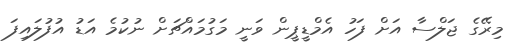
މިރޭގެ ޖަލްސާ އަށް ފަހު އެމްޑީޕީން ވަނީ މަގުމައްޗަށް ނުކުމެ އަޑު އުފުލައިފަ